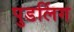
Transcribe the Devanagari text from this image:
पुडलिंग